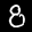
Label: 8